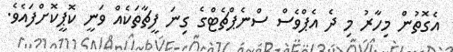
އެގޮތުން މިހާރު މި ދެ އެޕްވެސް ސްނެޕްޗެޓްގެ ގިނަ ފީޗާތަކެއް ވަނީ ކޮޕީކޮށްފައެވެ.